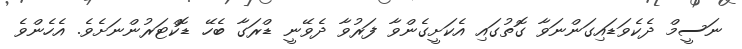
ނަސީމް ދެކެވަޑައިގަންނަވާ ގޮތުގައި އެކަށީގެންވާ ފަރުވާ ދެވޭނީ ޑްރަގާ ބެހޭ ޑޮކްޓަރުންނަށެވެ. އެހެންވެ